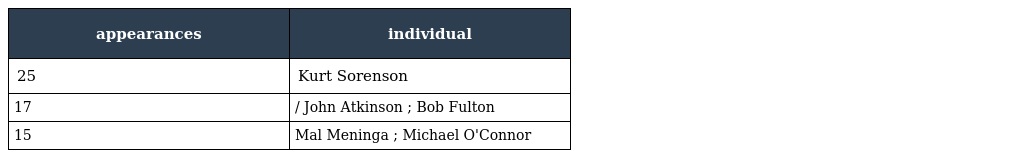
| appearances | individual |
 | --- | --- |
 | 25 | Kurt Sorenson |
 | 17 | / John Atkinson ; Bob Fulton |
 | 15 | Mal Meninga ; Michael O'Connor |